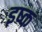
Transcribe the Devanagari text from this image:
इष्क